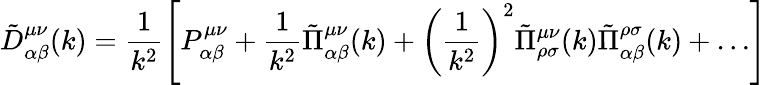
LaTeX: \tilde{D}_{\alpha\beta}^{\mu\nu}(k)=\frac 1{k^{2}}\left[P_{\alpha\beta}^{\mu\nu}+\frac 1{k^{2}}\tilde{\Pi}_{\alpha\beta}^{\mu\nu}(k)+\left(\frac 1{k^{2}}\right)^{2}\tilde{\Pi}_{\rho\sigma}^{\mu\nu}(k)\tilde{\Pi}_{\alpha\beta}^{\rho\sigma}(k)+\dots\right]